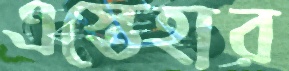
এস্তেহার